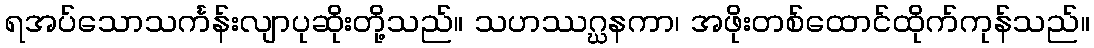
ရအပ်သောသင်္ကန်းလျာပုဆိုးတို့သည်။ သဟဿဂ္ဃနကာ၊ အဖိုးတစ်ထောင်ထိုက်ကုန်သည်။